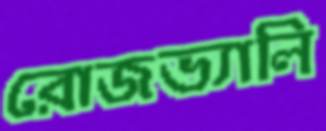
রোজভ্যালি